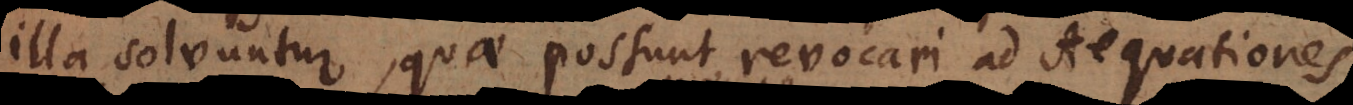
illa solvuntur, quae possunt revocari ad Aequationes